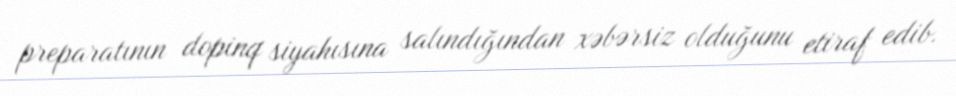
preparatının dopinq siyahısına salındığından xəbərsiz olduğunu etiraf edib.